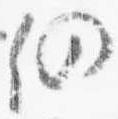
仍